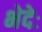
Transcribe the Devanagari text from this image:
भेदेः